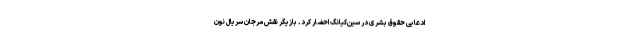
ادعایی حقوق بشری در سین‌کیانگ احضار کرد. بازیگر نقش مرجان سریال نون